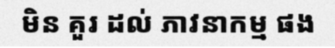
មិន គួរ ដល់ ភាវនាកម្ម ផង